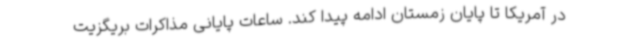
در آمریکا تا پایان زمستان ادامه پیدا کند. ساعات پایانی مذاکرات بریگزیت